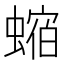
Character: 𧎧